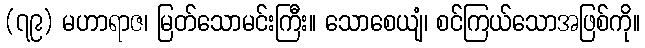
(၇၉) မဟာရာဇ၊ မြတ်သောမင်းကြီး။ သောစေယျံ၊ စင်ကြယ်သောအဖြစ်ကို။